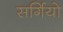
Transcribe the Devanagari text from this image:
सर्गियो